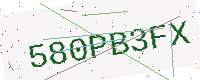
Text: 580PB3FX